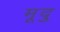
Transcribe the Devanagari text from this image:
मूदु